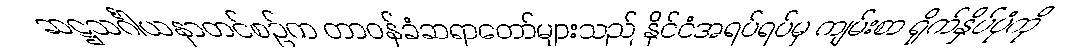
ဆဋ္ဌသင်္ဂါယနာတင်စဉ်က တာဝန်ခံဆရာတော်များသည် နိုင်ငံအရပ်ရပ်မှ ကျမ်းစာ ရိုက်နှိပ်ပုံကို